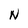
Character: N